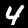
Digit: 4